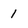
Character: 1